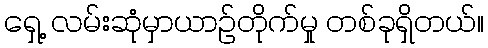
ရှေ့ လမ်းဆုံမှာယာဉ်တိုက်မှု တစ်ခုရှိတယ်။